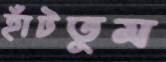
হাঁটতুম